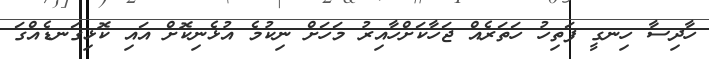
ހާދިސާ ހިނގީ ފަތިހު ހަތަރެއް ޖަހާކަށްހާއިރު މަހަށް ނިކުމެ އުޅެނިކޮށް އައި ކޮޅިގަނޑެއްގަ